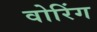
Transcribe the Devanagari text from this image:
वोरिंग